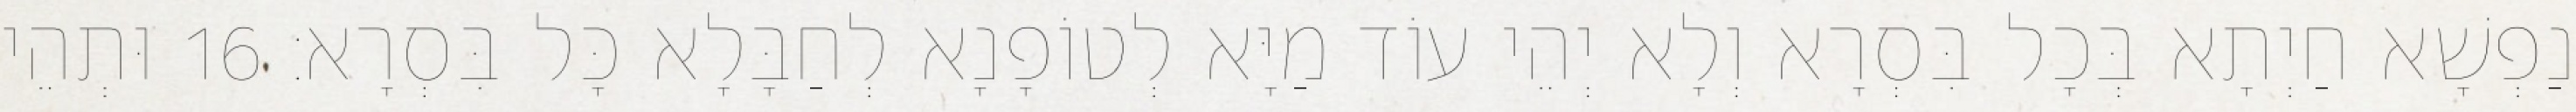
נַפְשָׁא חַיְתָא בְּכָל בִּסְרָא וְלָא יְהֵי עוֹד מַיָּא לְטוֹפָנָא לְחַבָּלָא כָּל בִּסְרָא׃ 16 וּתְהֵי